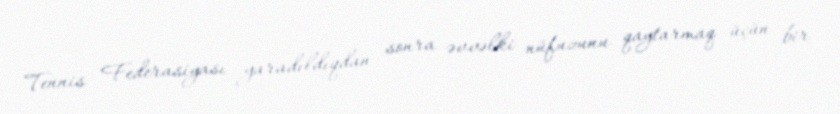
Tennis Federasiyası yaradıldıqdan sonra əvvəlki nüfuzunu qaytarmaq üçün bir